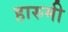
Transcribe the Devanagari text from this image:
हारुमी